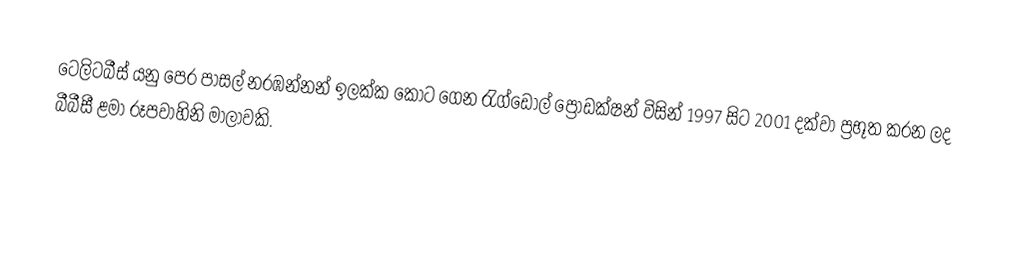
ටෙලිටබීස් යනු පෙර පාසල් නරඹන්නන් ඉලක්ක කොට ගෙන රැග්ඩෝල් ප්‍රොඩක්ෂන් විසින් 1997 සිට 2001 දක්වා ප්‍රභූත කරන ලද බීබීසී ළමා රූපවාහිනි මාලාවකි.